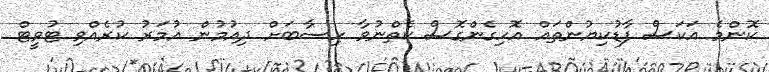
ކޮންމެ އަކަސް ފާޑުކިޔުންތައް އޮހިގެންގޮސް ކެތްނުވާ ހިސާބަށް ދިއުމުން އުމަރު ކުރެއްވި ޓުވީޓް